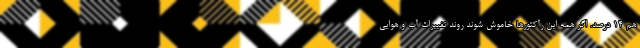
هم 14 درصد. اگر همه این رآکتورها خاموش شوند روند تغییرات آب و هوایی